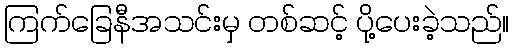
ကြက်ခြေနီအသင်းမှ တစ်ဆင့် ပို့ပေးခဲ့သည်။